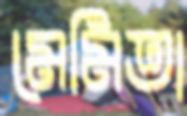
মেমিতা